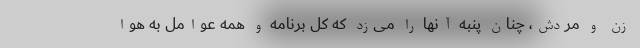
زن و مردش، چنان پنبه آنها را می‌زد که کل برنامه و همه عوامل به هوا